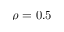
\rho = 0 . 5